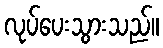
လုပ်ပေးသွားသည်။